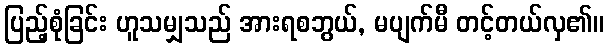
ပြည့်စုံခြင်း ဟူသမျှသည် အားရစဘွယ်, မပျက်မီ တင့်တယ်လှ၏။